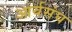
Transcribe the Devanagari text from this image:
आर्यसंघ